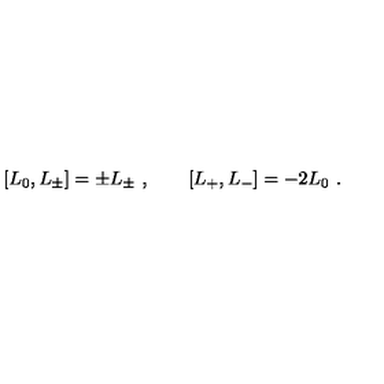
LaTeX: [ L _ { 0 } , L _ { \pm } ] = \pm L _ { \pm } \ , \qquad [ L _ { + } , L _ { - } ] = - 2 L _ { 0 } \ .